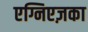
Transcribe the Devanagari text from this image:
एग्निएज़का